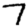
Digit: 7